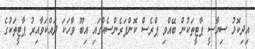
އިދިކޮޅު ސިޔާސީ ޕާޓީތަކުން ބޭއްވި ޕްރެސް ކޮންފަރެންސެއްގައި އިބޫ ވާހަކަ ދައްކަވާއިރު ޕާޓީތަކުގެ